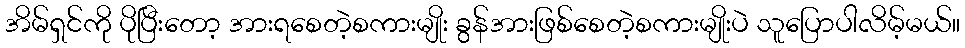
အိမ်ရှင်ကို ပိုပြီးတော့ အားရစေတဲ့စကားမျိုး ခွန်အားဖြစ်စေတဲ့စကားမျိုးပဲ သူပြောပါလိမ့်မယ်။